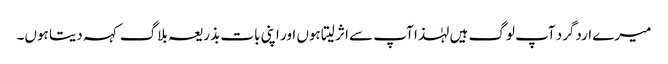
میرے اردگرد آپ لوگ ہیں لہٰذا آپ سے اثر لیتا ہوں اور اپنی بات بذریعہ بلاگ کہہ دیتا ہوں۔